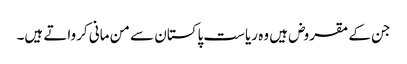
جن کے مقروض ہیں وہ ریاست پاکستان سے من مانی کرواتے ہیں۔